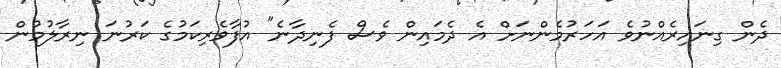
ދެން ގިނައިރެއްނުވެ އަހަރުމެންނަށް އެ ދެމައިން ވެސް ފެނިދާނެ" އުފާވެރިކަމުގެ ކަރުނަ ނިރާލުމުން